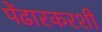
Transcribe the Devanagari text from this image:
पेंढारकरशी